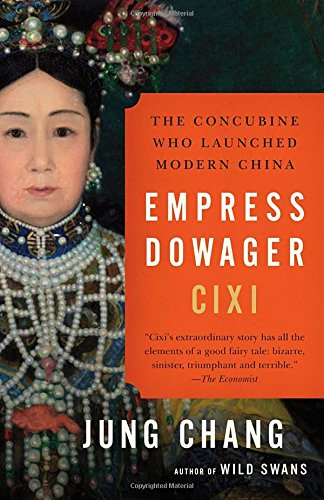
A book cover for Empress Dowager Cixi: The Concubine Who Launched Modern China; Jung Chang; Biographies & Memoirs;